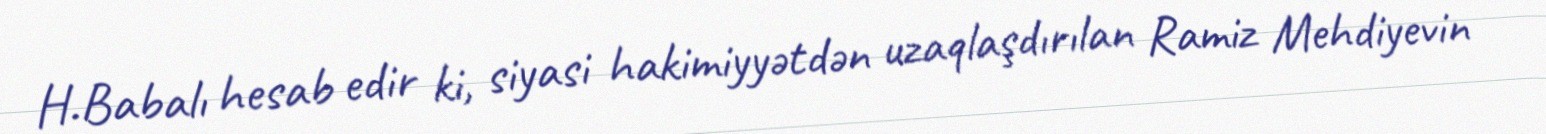
H.Babalı hesab edir ki, siyasi hakimiyyətdən uzaqlaşdırılan Ramiz Mehdiyevin